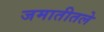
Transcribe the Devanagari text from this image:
जमातीतले